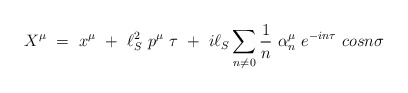
\begin{align*}X^\mu ~ =~ x^\mu ~+~ \ell^2_S ~p^\mu~ \tau ~+~ i\ell_S \sum_{n\ne0}\frac{1}{n} ~\alpha^\mu_n ~ e^{-in\tau} ~cosn\sigma\end{align*}